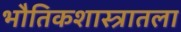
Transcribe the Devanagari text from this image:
भौतिकशास्त्रातला